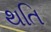
થતિ